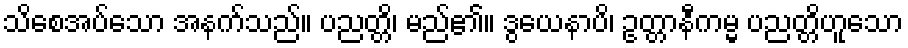
သိစေအပ်သော အနက်သည်။ ပညတ္တိ၊ မည်၏။ ဒွယေနာပိ၊ ဥတ္တာနီကမ္မ ပညတ္တိဟူသော